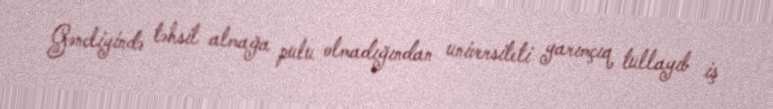
Gəncliyində təhsil almağa pulu olmadığından universiteti yarımçıq tullayıb iş